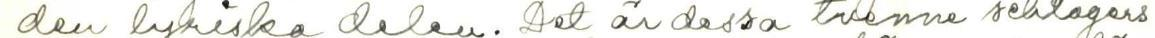
den lyriska delen. Det är dessa tvenne schlagers